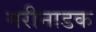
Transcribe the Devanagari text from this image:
मरीनाडक